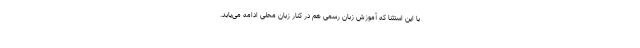
با این استثنا که آموزش زبان رسمی هم در کنار زبان محلی ادامه می‌یابد.